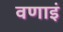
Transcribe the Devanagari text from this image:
वणाइं